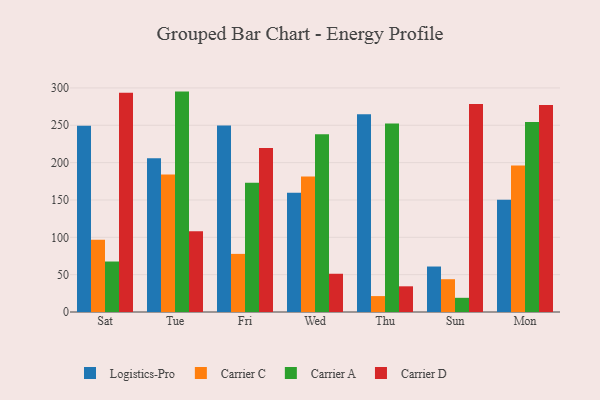
{"axis": {"x": "Day", "y": "Demand Index"}, "legend": ["Carrier A", "Carrier C", "Carrier D", "Logistics-Pro"], "data": [{"x": "Sat", "y": 249.4, "type": "Logistics-Pro"}, {"x": "Sat", "y": 96.7, "type": "Carrier C"}, {"x": "Sat", "y": 67.6, "type": "Carrier A"}, {"x": "Sat", "y": 293.4, "type": "Carrier D"}, {"x": "Tue", "y": 205.9, "type": "Logistics-Pro"}, {"x": "Tue", "y": 184.1, "type": "Carrier C"}, {"x": "Tue", "y": 295.1, "type": "Carrier A"}, {"x": "Tue", "y": 108.0, "type": "Carrier D"}, {"x": "Fri", "y": 249.8, "type": "Logistics-Pro"}, {"x": "Fri", "y": 77.8, "type": "Carrier C"}, {"x": "Fri", "y": 173.2, "type": "Carrier A"}, {"x": "Fri", "y": 219.7, "type": "Carrier D"}, {"x": "Wed", "y": 159.7, "type": "Logistics-Pro"}, {"x": "Wed", "y": 181.5, "type": "Carrier C"}, {"x": "Wed", "y": 238.1, "type": "Carrier A"}, {"x": "Wed", "y": 51.2, "type": "Carrier D"}, {"x": "Thu", "y": 264.8, "type": "Logistics-Pro"}, {"x": "Thu", "y": 21.3, "type": "Carrier C"}, {"x": "Thu", "y": 252.4, "type": "Carrier A"}, {"x": "Thu", "y": 34.4, "type": "Carrier D"}, {"x": "Sun", "y": 60.9, "type": "Logistics-Pro"}, {"x": "Sun", "y": 43.9, "type": "Carrier C"}, {"x": "Sun", "y": 19.0, "type": "Carrier A"}, {"x": "Sun", "y": 278.5, "type": "Carrier D"}, {"x": "Mon", "y": 150.3, "type": "Logistics-Pro"}, {"x": "Mon", "y": 196.1, "type": "Carrier C"}, {"x": "Mon", "y": 254.4, "type": "Carrier A"}, {"x": "Mon", "y": 277.1, "type": "Carrier D"}]}